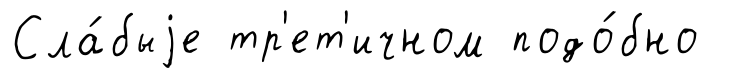
Сла́быjе тр'ет'ичном подо́бно